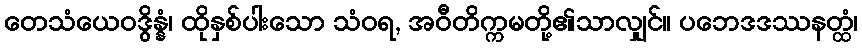
တေသံယေဝဒွိန္နံ၊ ထိုနှစ်ပါးသော သံဝရ, အဝီတိက္ကမတို့၏သာလျှင်။ ပဘေဒဒဿနတ္ထံ၊